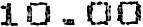
10.00